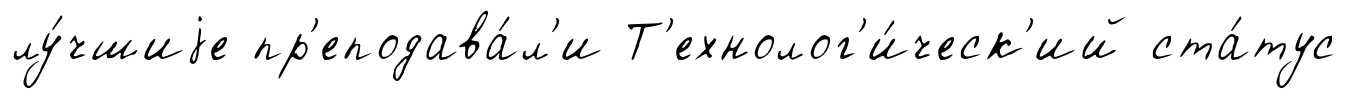
лу́чшиjе пр'еподава́л'и Т'ехнолог'и́ческ'ий ста́тус